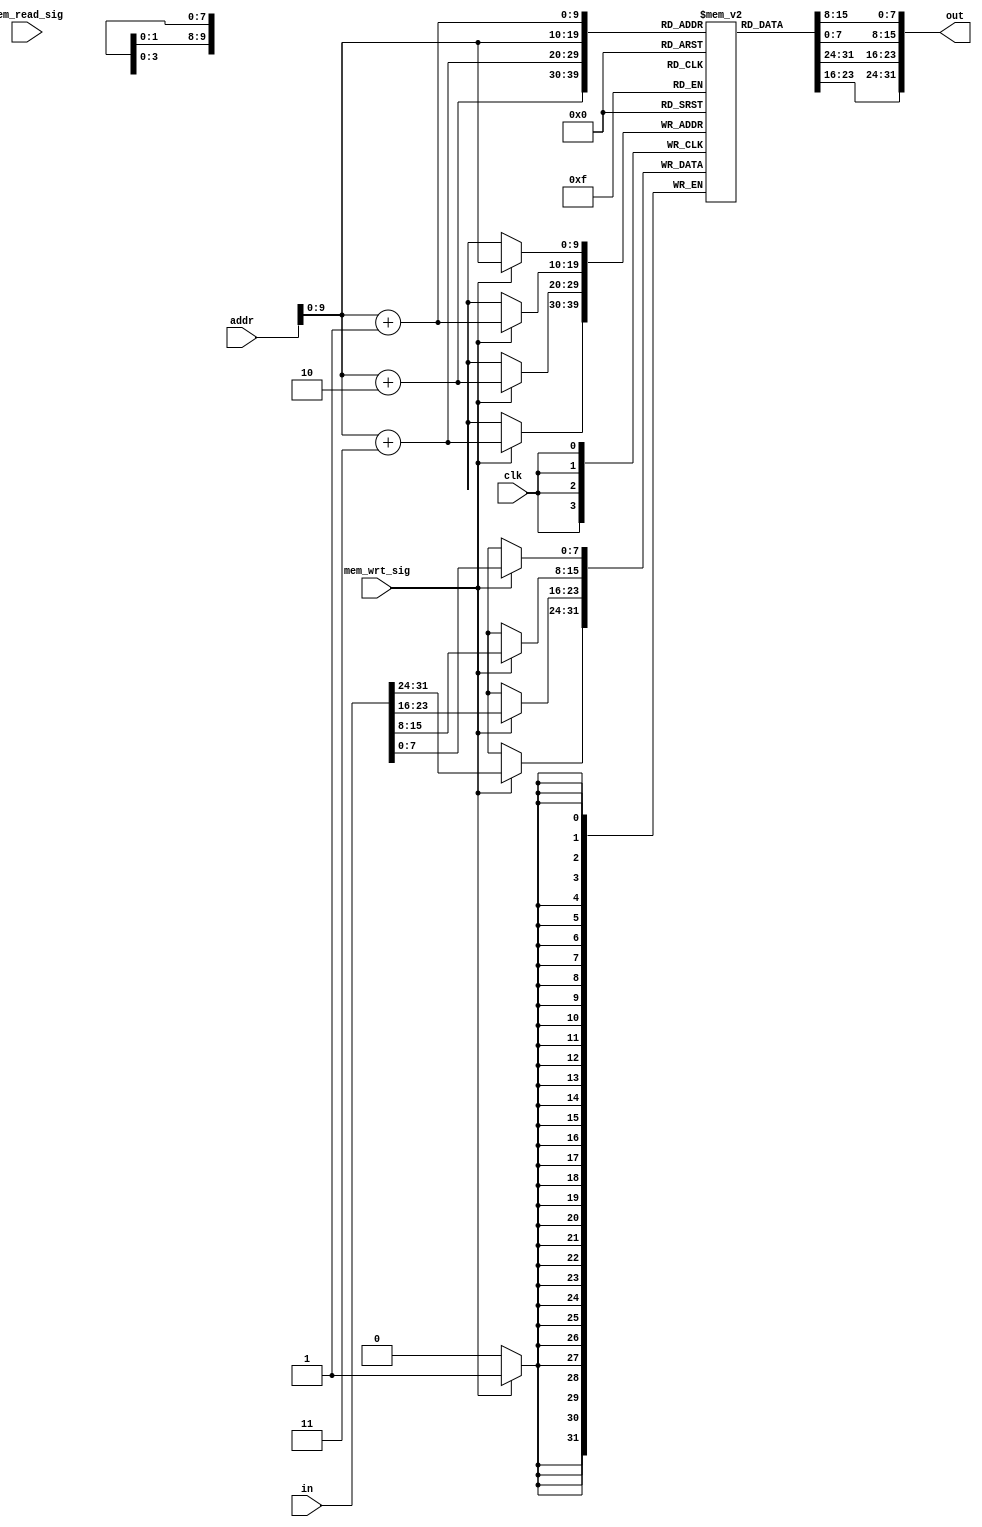
//  Memeries
`ifndef _MEM_V_
`define _MEM_V_

module Memory(out, in, addr, mem_read_sig, mem_wrt_sig, clk);

output reg [31:0] out;
input [31:0] in;
input [31:0] addr;
input mem_read_sig, mem_wrt_sig;
input clk;

reg [7:0] mem[1023:0];

always @(mem_read_sig) out = {mem[addr + 3], mem[addr + 2], mem[addr + 1], mem[addr]};

always @(posedge clk) begin
    if (mem_wrt_sig) {mem[addr + 3], mem[addr + 2], mem[addr + 1], mem[addr]} = in;
    $display($time, " [4 Memory] addr = %d out = %d in = %d", addr, out, in);
end

endmodule

`endif